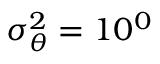
\sigma _ { \theta } ^ { 2 } = 1 0 ^ { 0 }